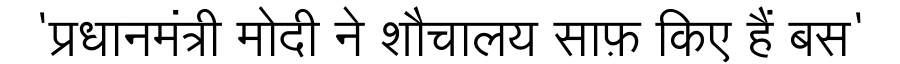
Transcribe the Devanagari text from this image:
'प्रधानमंत्री मोदी ने शौचालय साफ़ किए हैं बस'